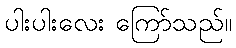
ပါးပါးလေး ကြော်သည်။